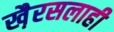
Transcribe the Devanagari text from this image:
खै़रसलाही